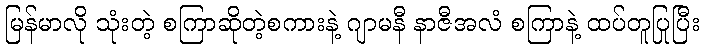
မြန်မာလို သုံးတဲ့ စကြာဆိုတဲ့စကားနဲ့ ဂျာမနီ နာဇီအလံ စကြာနဲ့ ထပ်တူပြုပြီး